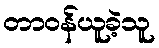
တာဝန်ယူခဲ့သူ